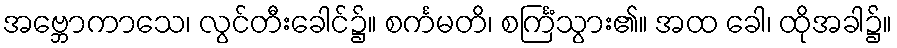
အဗ္ဘောကာသေ၊ လွင်တီးခေါင်၌။ စင်္ကမတိ၊ စင်္ကြံသွား၏။ အထ ခေါ၊ ထိုအခါ၌။